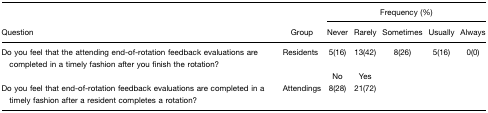
<table><thead><tr><td></td><td></td><td colspan="5"><b>Frequency (%)</b></td></tr><tr><td><b>Question</b></td><td><b>Group</b></td><td><b>Never</b></td><td><b>Rarely</b></td><td><b>Sometimes</b></td><td><b>Usually</b></td><td><b>Always</b></td></tr></thead><tbody><tr><td>Do you feel that the attending end-of-rotation feedback evaluations are completed in a timely fashion after you finish the rotation?</td><td>Residents</td><td>5(16)</td><td>13(42)</td><td>8(26)</td><td>5(16)</td><td>0(0)</td></tr><tr><td></td><td></td><td>No</td><td>Yes</td><td></td><td></td><td></td></tr><tr><td>Do you feel that end-of-rotation feedback evaluations are completed in a timely fashion after a resident completes a rotation?</td><td>Attendings</td><td>8(28)</td><td>21(72)</td><td></td><td></td><td></td></tr></tbody></table>